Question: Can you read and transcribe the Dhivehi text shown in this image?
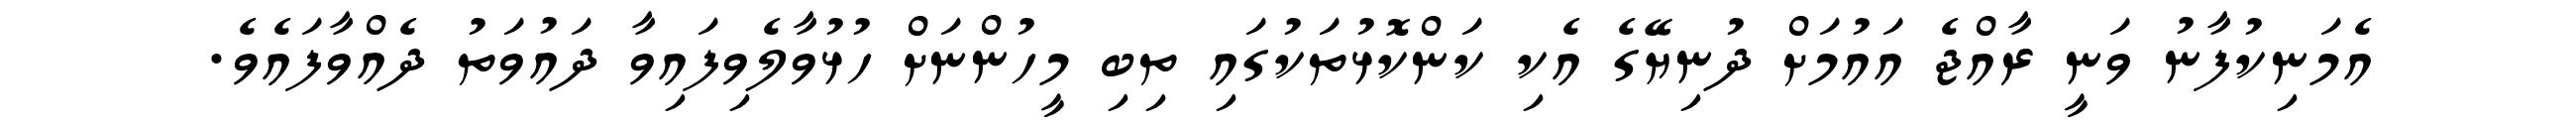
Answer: އެމަނިކުފާނު ވަނީ ރާއްޖެ އައުމަށް ދުނިޔޭގެ އެކި ކަންކޮޅުތަކުގައި ތިބި މީހުންނަށް ހުޅުވާލެވިފައިވާ ދައުވަތު ދެއްވާފައެވެ.